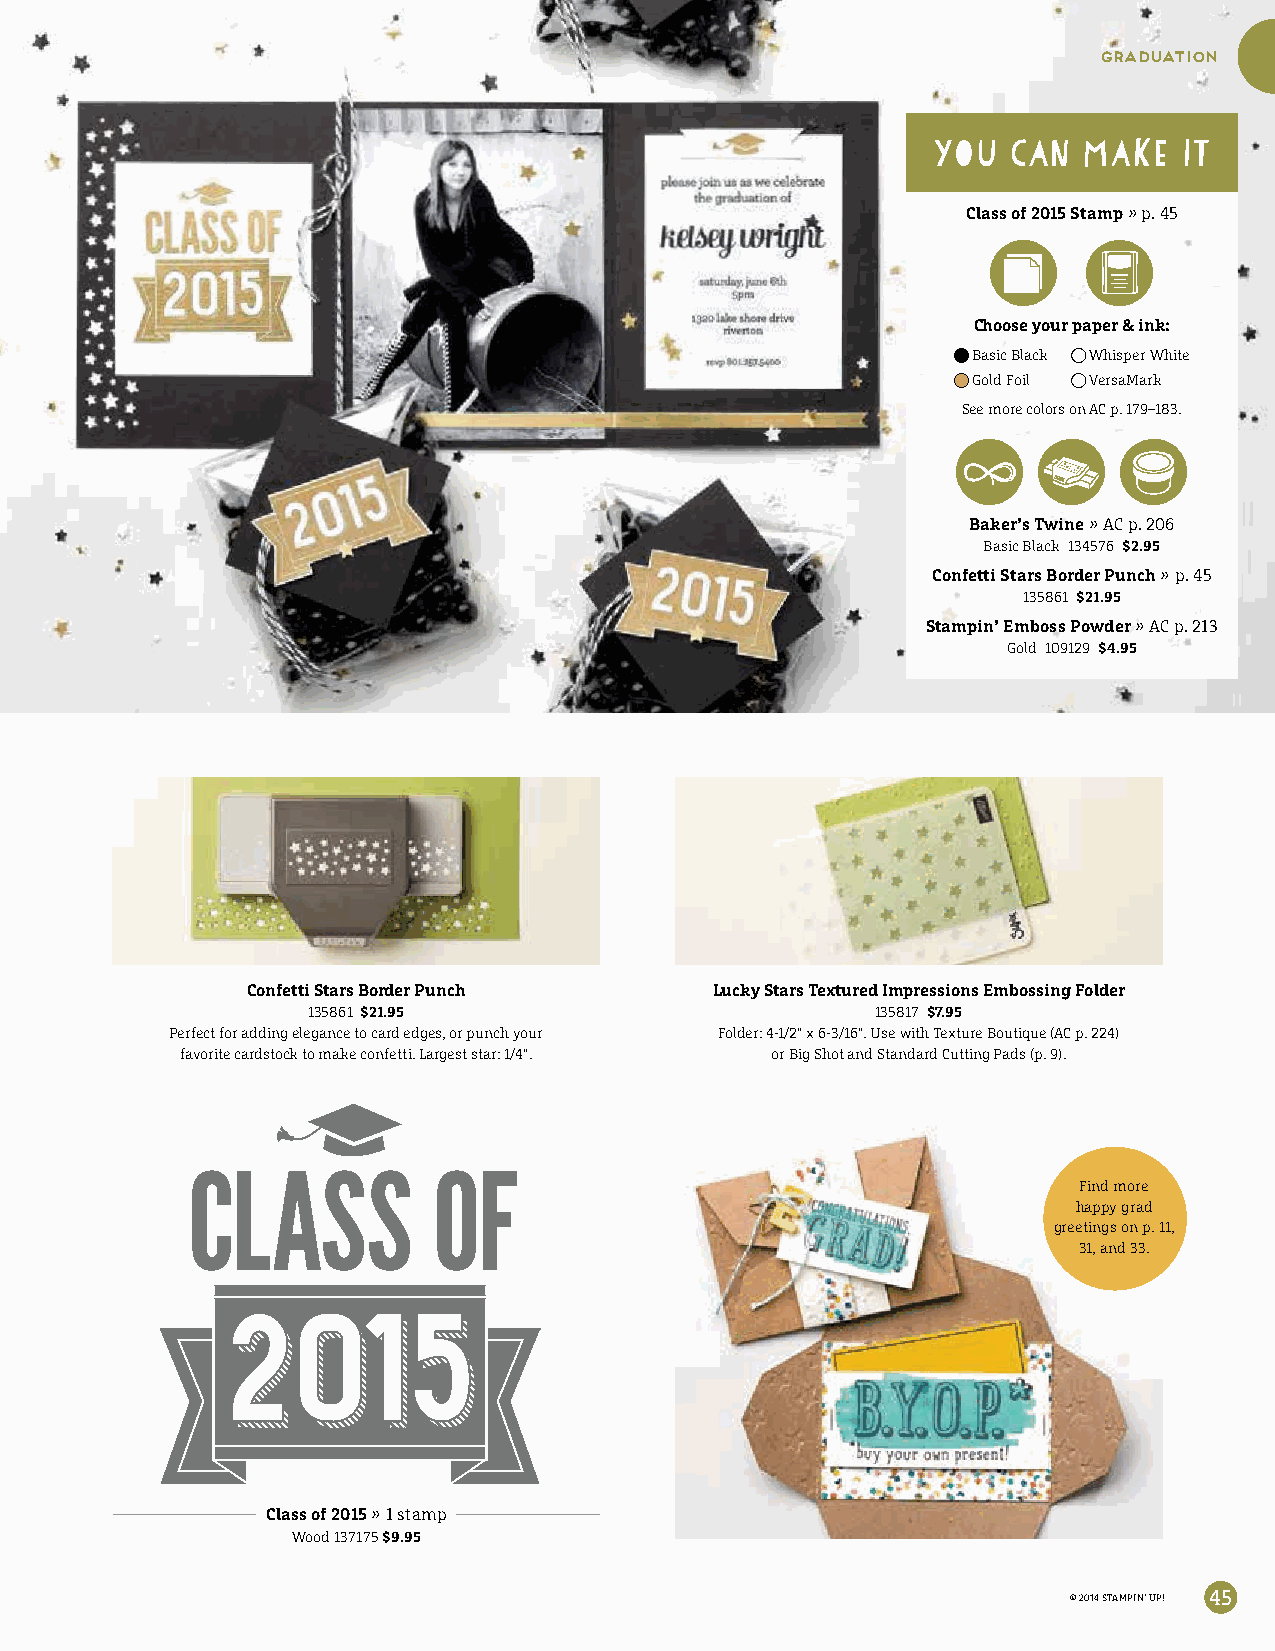
graduation
 Class of 2015 Stamp » p. 45
 Choose your paper & ink:
 Basic Black Whisper White
 Gold Foil VersaMark
 See more colors on AC p. 179–183.
 Baker’s Twine » AC p. 206
 Basic Black 134576 $2.95
 Confetti Stars Border Punch » p. 45
 135861 $21.95
 Stampin’ Emboss Powder » AC p. 213
 Gold 109129 $4.95
 Confetti Stars Border Punch    Lucky Stars Textured Impressions Embossing Folder
 135861 $21.95                         135817 $7.95
 Perfect for adding elegance to card edges, or punch your Folder: 4-1/2" x 6-3/16". Use with Texture Boutique (AC p. 224)
 favorite cardstock to make confetti. Largest star: 1/4". or Big Shot and Standard Cutting Pads (p. 9).
 Find more
 happy grad
 greetings on p. 11,
 31, and 33.
 Class of 2015 » 1 stamp
 Wood 137175 $9.95
 © 2014 STAMPIN’ UP! 45